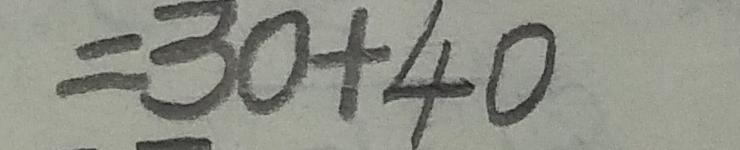
= 3 0 + 4 0